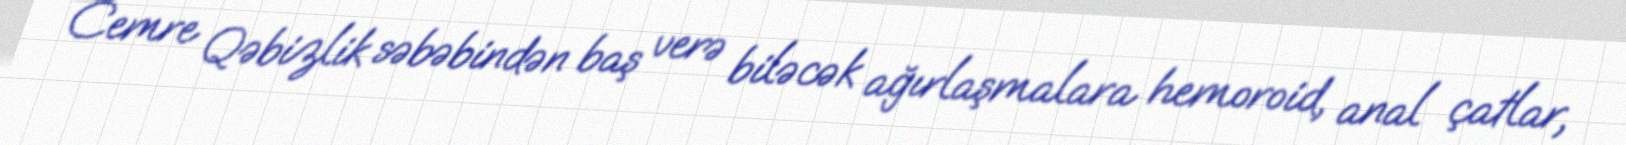
Cemre Qəbizlik səbəbindən baş verə biləcək ağırlaşmalara hemoroid, anal çatlar,